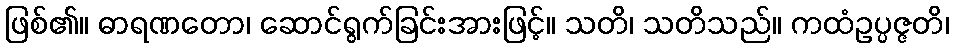
ဖြစ်၏။ ဓာရဏတော၊ ဆောင်ရွက်ခြင်းအားဖြင့်။ သတိ၊ သတိသည်။ ကထံဥပ္ပဇ္ဇတိ၊